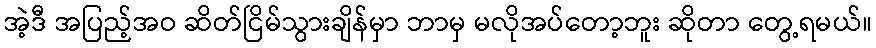
အဲ့ဒီ အပြည့်အဝ ဆိတ်ငြိမ်သွားချိန်မှာ ဘာမှ မလိုအပ်တော့ဘူး ဆိုတာ တွေ့ရမယ်။